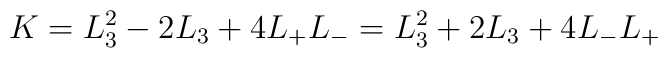
K=L_3^2-2L_3+4L_+L_-=L_3^2+2L_3+4L_-L_+